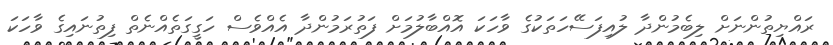
ރައްޔިތުންނަށް ލިބެމުންދާ ލުއިފަސޭހަތަކުގެ ވާހަކަ އޮއްބާލުމަށް ފަތުރަމުންދާ އެއްވެސް ހަގީގަތެއްނެތް ފިތުނައިގެ ވާހަކަ